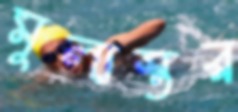
মূল্যস্তর